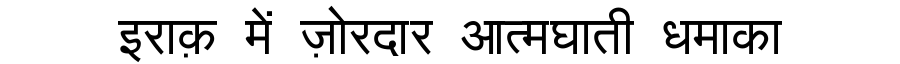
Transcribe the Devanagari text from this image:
इराक़ में ज़ोरदार आत्मघाती धमाका